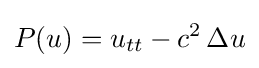
P(u)=u_{tt}-c^{2}\,\Delta u